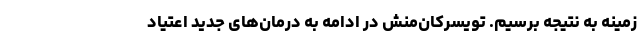
زمینه به نتیجه برسیم. تویسرکان‌منش در ادامه به درمان‌های جدید اعتیاد